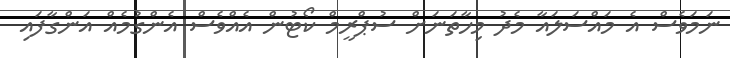
ނަމަވެސް އެ މައްސަލައާ މެދު މިހާތަނަށް ސުޕްރީމް ކޯޓުން އެއްވެސް އެންގުމެއް އަންގާފައި